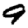
Digit: 9